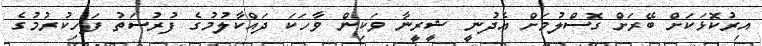
އިރުކޮޅަކަށް ބޭރަށް ގޮސްލުމަށް އެދުނީ ޝީރީނާ ވަކިން ވާހަކަ ދައްކާލުމުގެ ފުރުސަތު ފަހިކުރުމުގެ